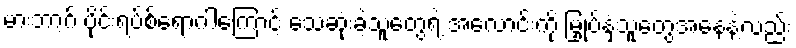
မားဘာ့ဂ် ဗိုင်းရပ်စ်ရောဂါကြောင့် သေဆုံးခဲ့သူတွေရဲ့ အလောင်းကို မြှုပ်နှံသူတွေအနေနဲ့လည်း